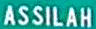
ASSILAH